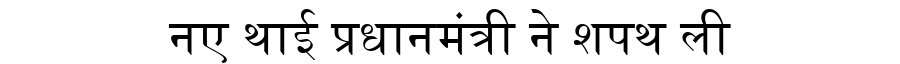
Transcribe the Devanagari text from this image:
नए थाई प्रधानमंत्री ने शपथ ली